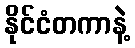
နိုင်ငံတကာနဲ့